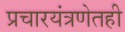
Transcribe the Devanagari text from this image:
प्रचारयंत्रणेतही